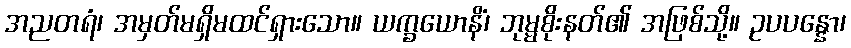
အညတရံ၊ အမှတ်မရှိမထင်ရှားသော။ ယက္ခယောနိံ၊ ဘုမ္မစိုးနတ်၏ အဖြစ်သို့။ ဥပပန္နော၊